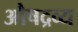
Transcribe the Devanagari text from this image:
औषद्रव्य